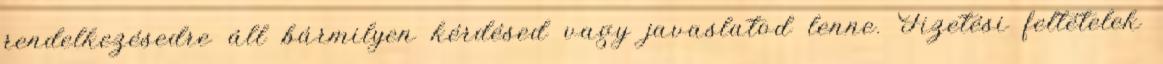
rendelkezésedre áll bármilyen kérdésed vagy javaslatod lenne. Fizetési feltételek